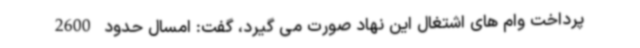
پرداخت وام های اشتغال این نهاد صورت می گیرد، گفت: امسال حدود 2600